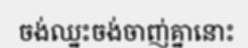
ចង់ឈ្នះចង់ចាញ់គ្នានោះ